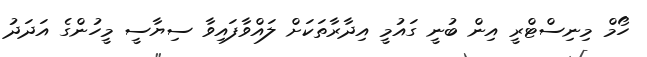
ހޯމް މިނިސްޓްރީ އިން ބުނީ ގައުމީ އިދާރާތަކަށް ލައްވާފައިވާ ސިޔާސީ މީހުންގެ އަދަދު